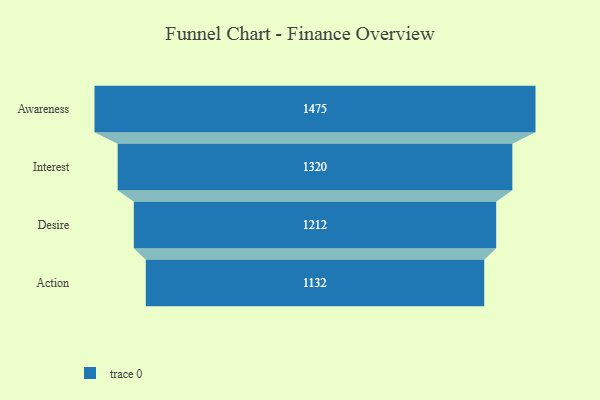
{"axis": {"x": "Stage", "y": "Value"}, "legend": [""], "data": [{"x": "Awareness", "y": 1475.0, "type": ""}, {"x": "Interest", "y": 1320.0, "type": ""}, {"x": "Desire", "y": 1212.0, "type": ""}, {"x": "Action", "y": 1132.0, "type": ""}]}